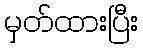
မှတ်ထားပြီး